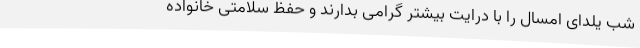
شب یلدای امسال را با درایت بیشتر گرامی بدارند و حفظ سلامتی خانواده